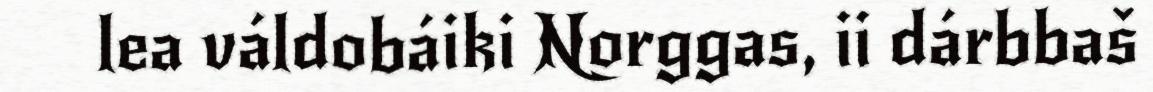
lea váldobáiki Norggas, ii dárbbaš